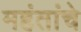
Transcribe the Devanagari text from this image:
महंतांचे